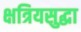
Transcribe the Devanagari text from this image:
क्षत्रियसुद्धा